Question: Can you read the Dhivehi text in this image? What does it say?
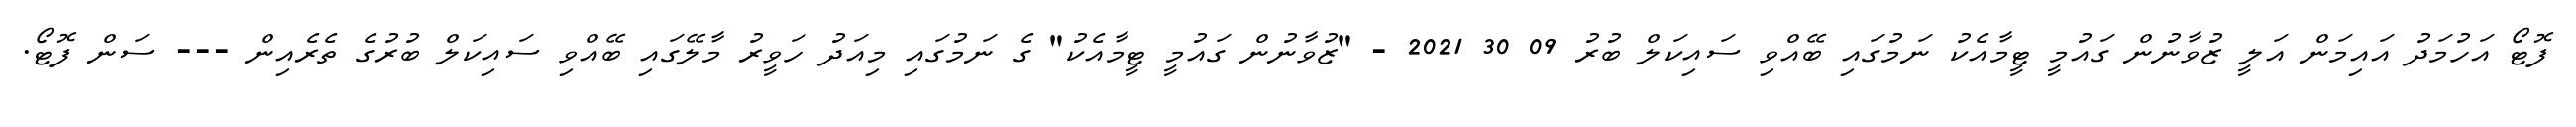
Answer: ފޮޓޯ އަހުމަދު އައިމަން އަލީ ޒުވާނުން ގައުމީ ޓީމާއެކު ނަމުގައި ބޭއްވި ސައިކަލް ބުރު 09 30 2021 - "ޒުވާނުން ގައުމީ ޓީމާއެކު" ގެ ނަމުގައި މިއަދު ހަވީރު މާލޭގައި ބޭއްވި ސައިކަލް ބުރުގެ ތެރެއިން --- ސަން ފޮޓޯ.